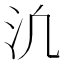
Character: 𪵬